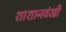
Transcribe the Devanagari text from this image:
शाशानवंखी